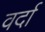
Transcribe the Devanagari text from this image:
वर्दा